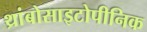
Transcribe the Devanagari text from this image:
थ्रांबोसाइटोपीनिक